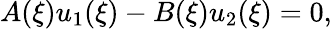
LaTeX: A(\xi)u_{1}(\xi)-B(\xi)u_{2}(\xi)=0,